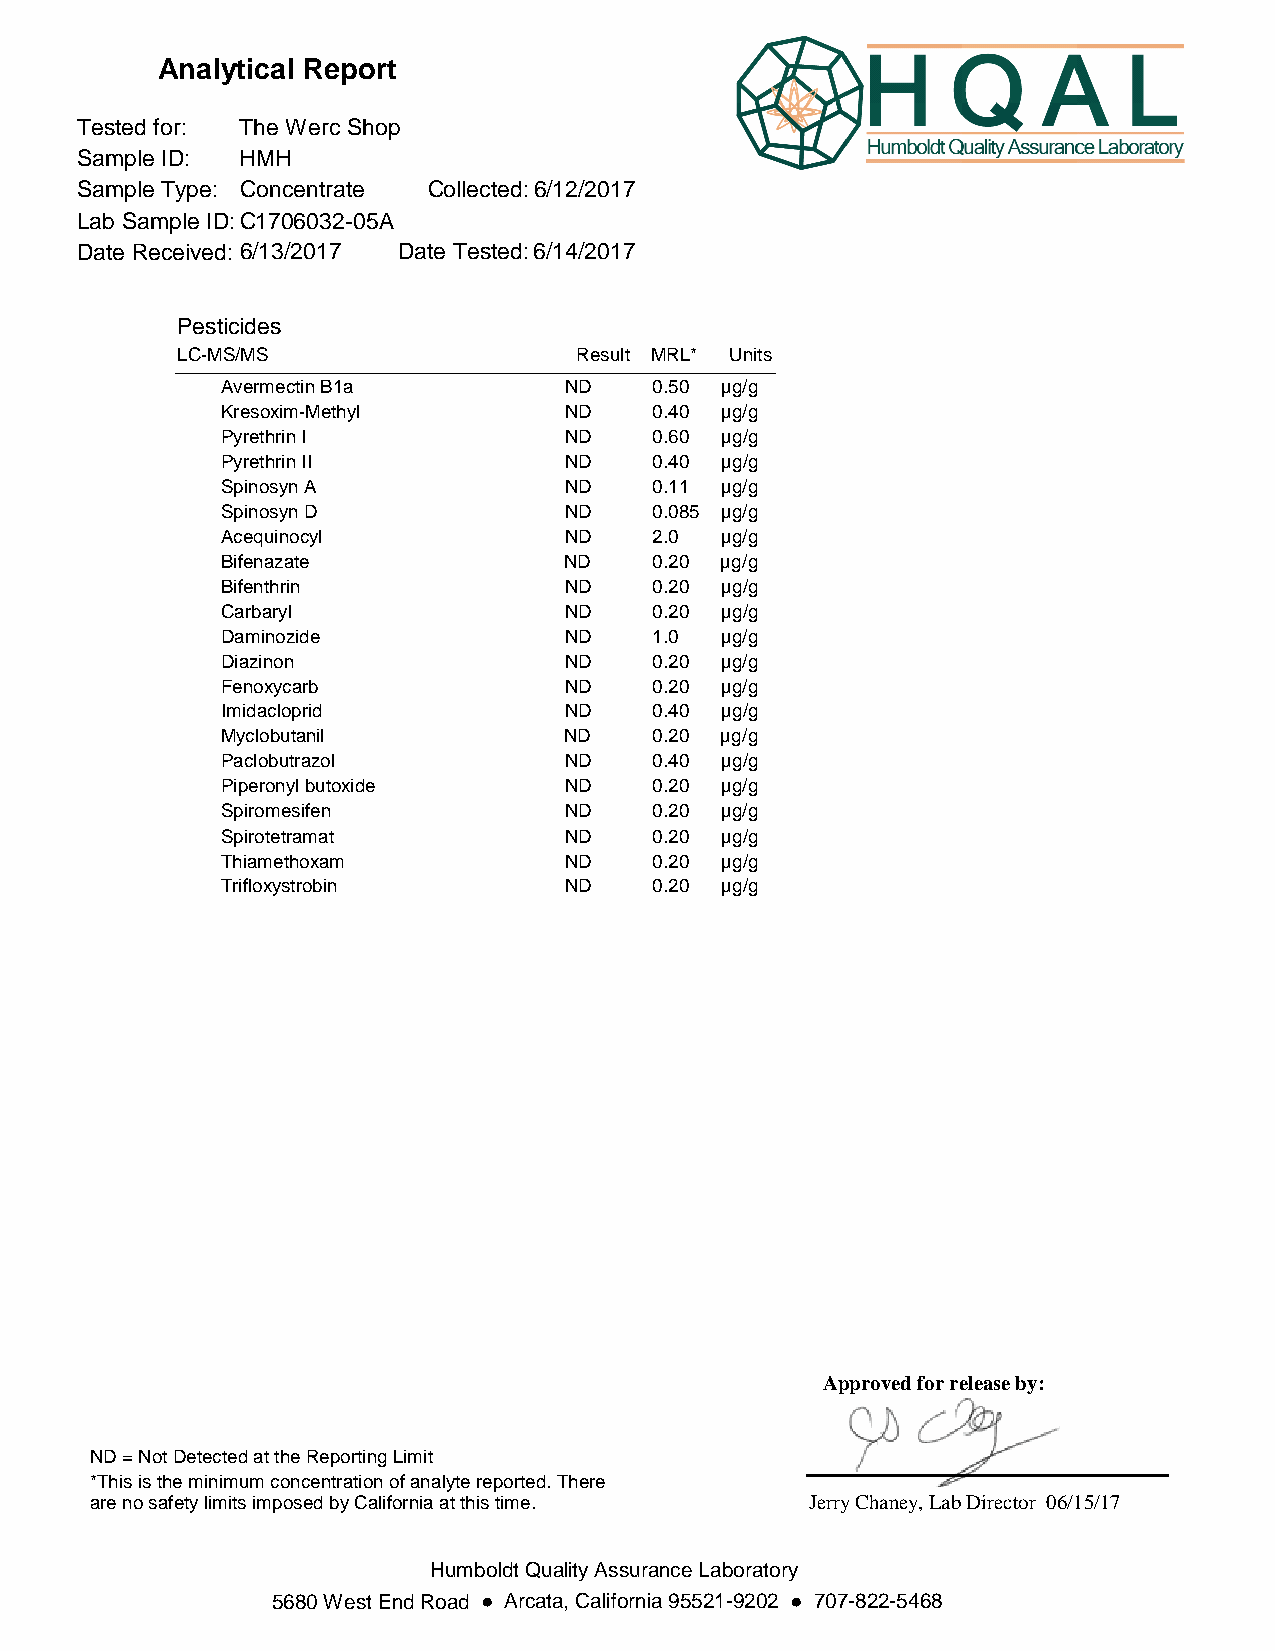
Analytical Report
 Tested for: The Werc Shop
 Sample ID: HMH
 Sample Type: Concentrate Collected:6/12/2017
 Lab Sample ID:C1706032-05A
 Date Received:6/13/2017 Date Tested:6/14/2017
 Pesticides
 LC-MS/MS                  Result MRL* Units
 Avermectin B1a        ND    0.50 µg/g
 Kresoxim-Methyl       ND    0.40 µg/g
 Pyrethrin I           ND    0.60 µg/g
 Pyrethrin II          ND    0.40 µg/g
 Spinosyn A            ND    0.11 µg/g
 Spinosyn D            ND    0.085 µg/g
 Acequinocyl           ND    2.0  µg/g
 Bifenazate            ND    0.20 µg/g
 Bifenthrin            ND    0.20 µg/g
 Carbaryl              ND    0.20 µg/g
 Daminozide            ND    1.0  µg/g
 Diazinon              ND    0.20 µg/g
 Fenoxycarb            ND    0.20 µg/g
 Imidacloprid          ND    0.40 µg/g
 Myclobutanil          ND    0.20 µg/g
 Paclobutrazol         ND    0.40 µg/g
 Piperonyl butoxide    ND    0.20 µg/g
 Spiromesifen          ND    0.20 µg/g
 Spirotetramat         ND    0.20 µg/g
 Thiamethoxam          ND    0.20 µg/g
 Trifloxystrobin       ND    0.20 µg/g
 Approved for release by:
 ND = Not Detected at the Reporting Limit
 *This is the minimum concentration of analyte reported. There
 are no safety limits imposed by California at this time. Jerry Chaney, Lab Director 06/15/17
 Humboldt Quality Assurance Laboratory
 5680 West End Road ● Arcata, California 95521-9202 ● 707-822-5468